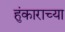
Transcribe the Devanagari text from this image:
हुंकाराच्या